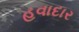
હવાદાર